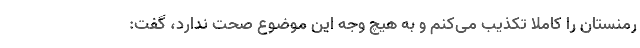
رمنستان را کاملا تکذیب می‌کنم و به هیچ وجه این موضوع صحت ندارد، گفت: